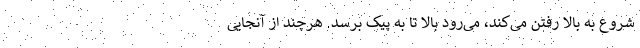
شروع به بالا رفتن می‌کند، می‌رود بالا تا به پیک برسد. هرچند از آنجایی